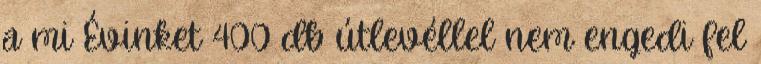
a mi Évinket 400 db útlevéllel nem engedi fel